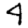
Digit: 4